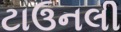
ટાઉનલી